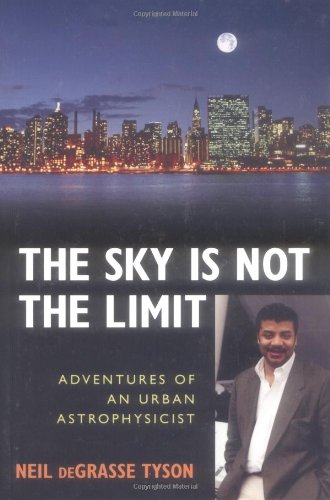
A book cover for The Sky Is Not the Limit: Adventures of an Urban Astrophysicist; Neil deGrasse Tyson; Science & Math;